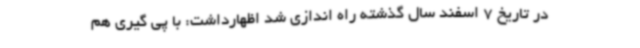
در تاریخ 7 اسفند سال گذشته راه اندازی شد اظهارداشت: با پی گیری هم